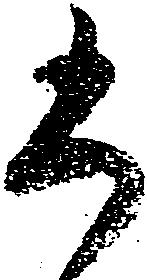
尚